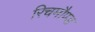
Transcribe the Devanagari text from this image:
रिचमौण्ड